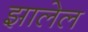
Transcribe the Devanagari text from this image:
झालेल